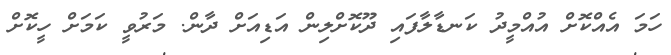
ހަމަ އެއްކޮށް އުއްމީދު ކަނޑާލާފައި ދޫކޮށްލިން އަޑިއަށް ދާން. މަރުވީ ކަމަށް ހީކޮށް